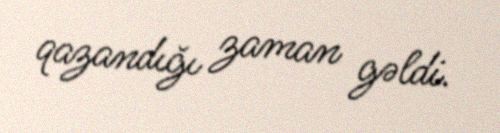
qazandığı zaman gəldi.